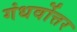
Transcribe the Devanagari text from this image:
गंधर्वोत्तर